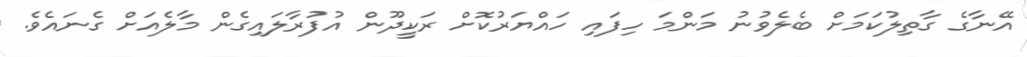
އޭނާގެ ގާތިލުކަމަށް ބެލެވުނު މަންމަ ހިފައި ހައްޔަރުކޮށް ރަކީދޫން އުފުރާލައިގެން މާލެއަށް ގެނައެވެ.